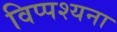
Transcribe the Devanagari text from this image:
विप्पश्यना